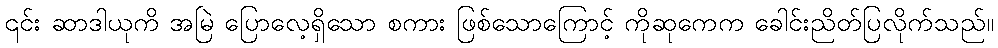
၎င်း ဆာဒါယုကိ အမြဲ ပြောလေ့ရှိသော စကား ဖြစ်သောကြောင့် ကိုဆုကေက ခေါင်းညိတ်ပြလိုက်သည်။